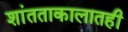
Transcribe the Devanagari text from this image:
शांतताकालातही